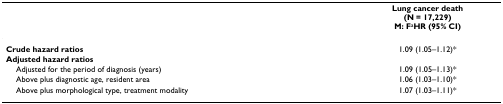
<table><thead><tr><td></td><td><b>Lung cancer death(N = 17,229)M: F<sup>a</sup>HR (95% CI)</b></td></tr></thead><tbody><tr><td><b>Crude hazard ratios</b></td><td>1.09 (1.05–1.12)*</td></tr><tr><td><b>Adjusted hazard ratios</b></td><td></td></tr><tr><td> Adjusted for the period of diagnosis (years)</td><td>1.09 (1.05–1.13)*</td></tr><tr><td> Above plus diagnostic age, resident area</td><td>1.06 (1.03–1.10)*</td></tr><tr><td> Above plus morphological type, treatment modality</td><td>1.07 (1.03–1.11)*</td></tr></tbody></table>